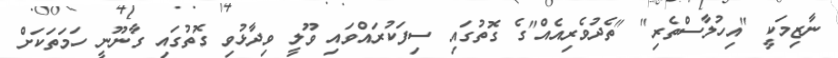
ނާޒިމަކީ "އިހުލާސްތެރި" "ތެދުވެރިއެއް"ގެ ގޮތުގައި ސިފަކުރައްވަައި ވޫލީ ވިދާޅުވި ގޮތުގައި ގާނޫނީ ހަމަތަކަށް